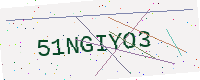
Text: 51NGIYO3